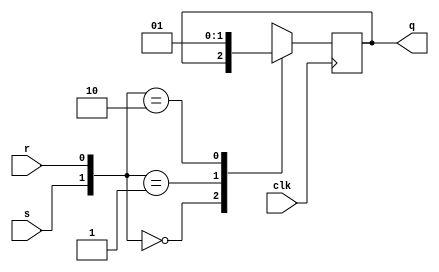
module sr_ff(s, r, clk, q);

input s,r,clk;
output reg q=0;

always @ (posedge clk) begin

    case({s,r})
        2'b 00 : q = q;
        2'b 01 : q = 1'b 0;
        2'b 10 : q = 1'b 1;
        default : q = 1'b x;
    endcase
end
endmodule